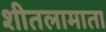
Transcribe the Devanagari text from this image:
शीतलामाता